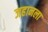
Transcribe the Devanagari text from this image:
जहानला